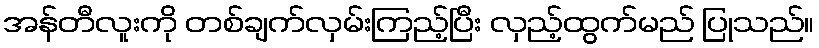
အန်တီလူးကို တစ်ချက်လှမ်းကြည့်ပြီး လှည့်ထွက်မည် ပြုသည်။